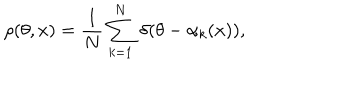
\rho ( \theta , x ) = \frac { 1 } { N } \sum _ { k = 1 } ^ { N } \, \delta ( \theta - \alpha _ { k } ( x ) ) ,